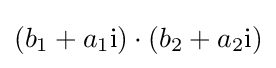
(b_{1}+a_{1}\mathrm {i} )\cdot (b_{2}+a_{2}\mathrm {i} )